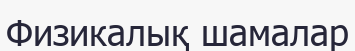
Физикалық шамалар